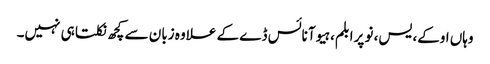
وہاں اوکے، یس، نو پرابلم، ہیو آ نائس ڈے کے علاوہ زبان سے کچھ نکلتا ہی نہیں۔